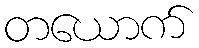
တယောက်